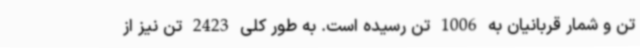
تن و شمار قربانیان به 1006 تن رسیده است. به طور کلی 2423 تن نیز از